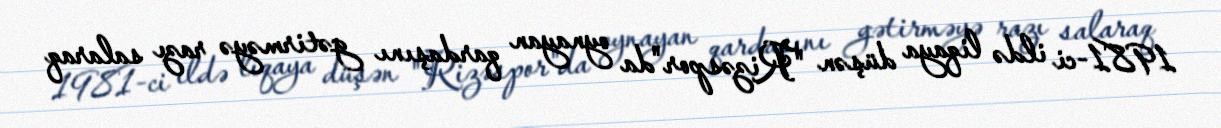
1981-ci ildə liqaya düşən "Rizəspor"da oynayan qardaşını gətirməyə razı salaraq